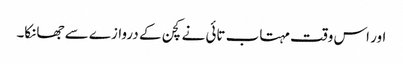
اور اس وقت مہتاب تائی نے کچن کے دروازے سے جھانکا۔